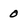
Character: 0